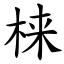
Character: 梾